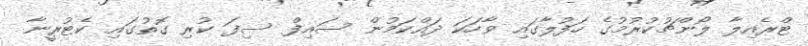
ޓްރެއިލާ ލޯންޗުކުރުމުގެ ހަފުލާގައި ވާހަކަ ދައްކަމުން ސައިފް ސިފަ ކުރި ގޮތުގައި ކެޓުރީނާ